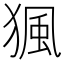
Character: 猦